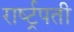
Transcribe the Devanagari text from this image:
रार्ष्ट्रपती